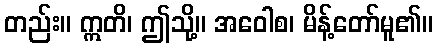
တည်း။ ဣတိ၊ ဤသို့။ အဝေါစ၊ မိန့်တော်မူ၏။